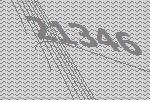
21346